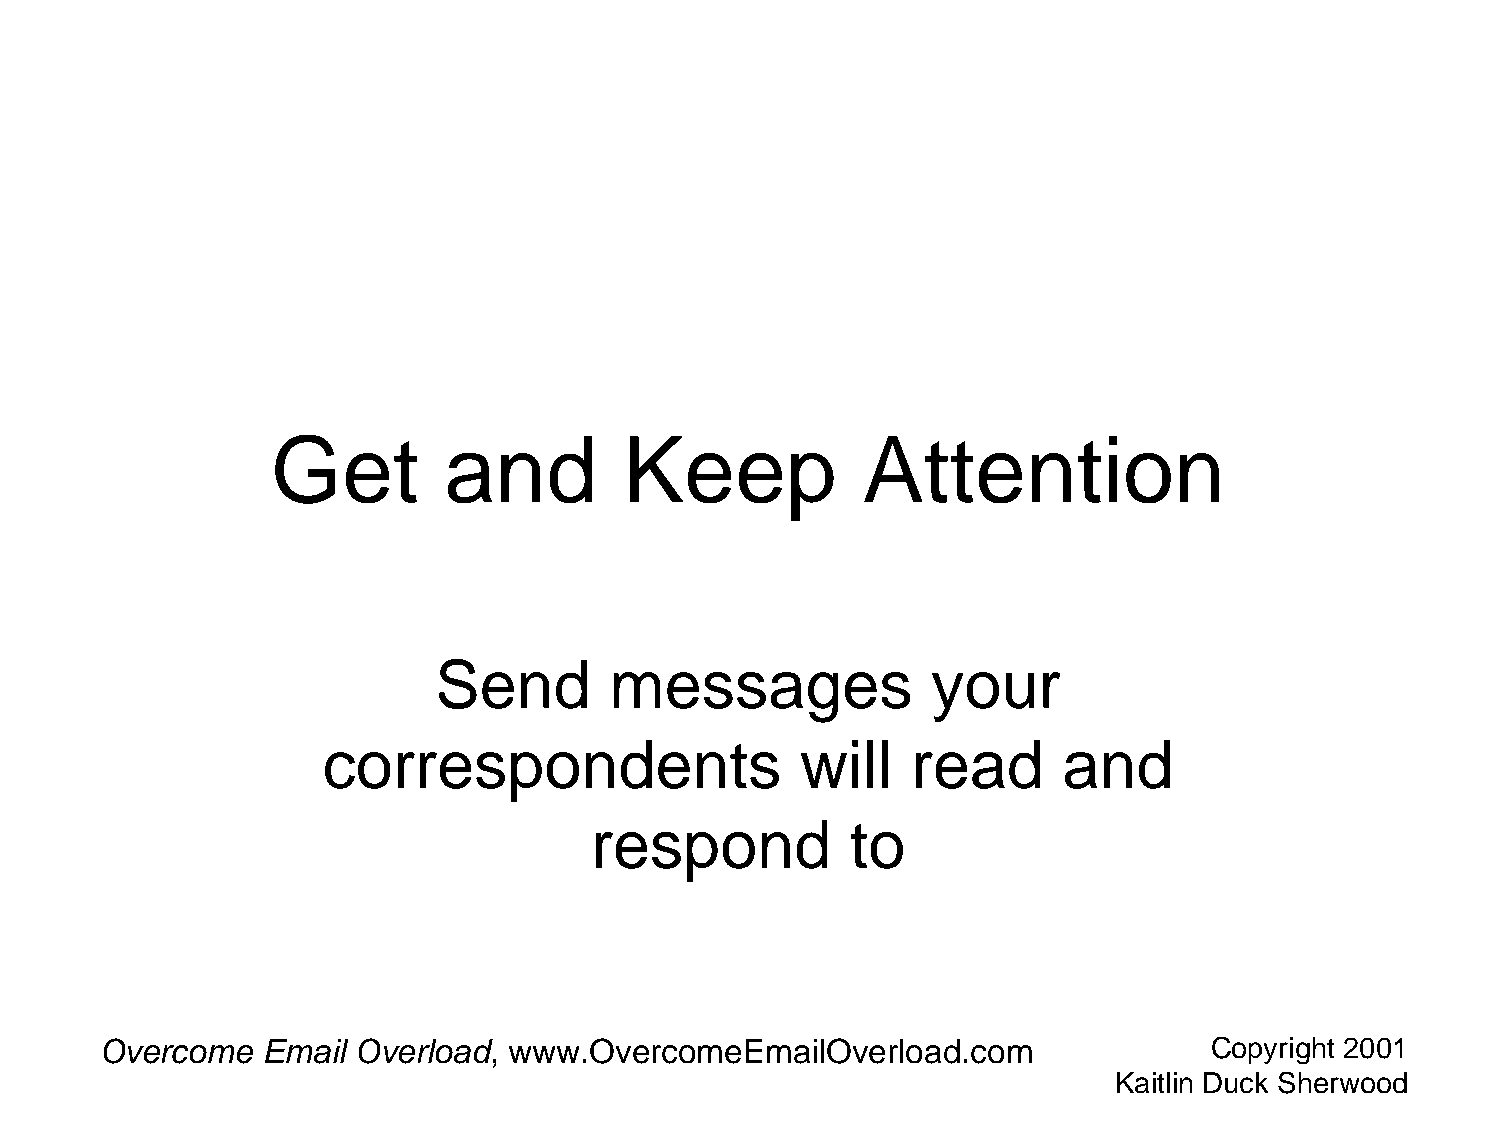
Get         and        Keep            Attention
 Send       messages              your
 correspondents                  will   read      and
 respond          to
 Overcome  Email  Overload, www.OvercomeEmailOverload.com                 Copyright 2001
 Kaitlin Duck Sherwood